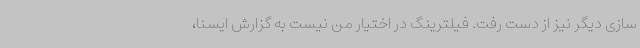
سازی دیگر نیز از دست رفت. فیلترینگ در اختیار من نیست به گزارش ایسنا،